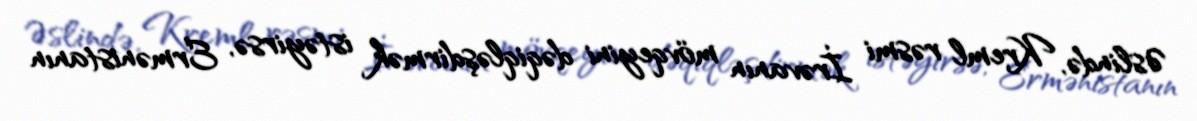
Əslində, Kreml rəsmi İrəvanın mövqeyini dəqiqləşdirmək istəyirsə, Ermənistanın